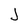
Character: J